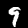
Digit: 9